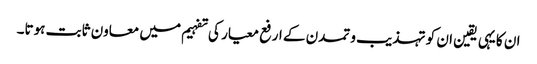
ان کا یہی یقین ان کو تہذیب و تمدن کے ارفع معیار کی تفہیم میں معاون ثابت ہوتا۔